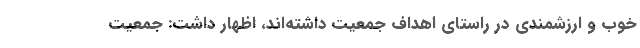
خوب و ارزشمندی در راستای اهداف جمعیت داشته‌اند، اظهار داشت: جمعیت